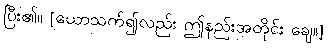
ပြီး၏။ [ယောသက်၍လည်း ဤနည်းအတိုင်း ချေ။]